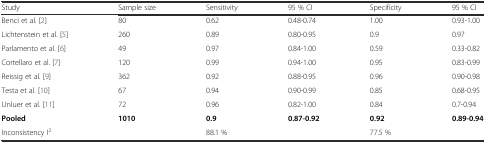
| Study | Sample size | Sensitivity | 95 % CI | Specificity | 95 % CI |
 | --- | --- | --- | --- | --- | --- |
 | Benci et al. [2] | 80 | 0.62 | 0.48-0.74 | 1.00 | 0.93-1.00 |
 | Lichtenstein et al. [5] | 260 | 0.89 | 0.80-0.95 | 0.9 | 0.97 |
 | Parlamento et al. [6] | 49 | 0.97 | 0.84-1.00 | 0.59 | 0.33-0.82 |
 | Cortellaro et al. [7] | 120 | 0.99 | 0.94-1.00 | 0.95 | 0.83-0.99 |
 | Reissig et al. [9] | 362 | 0.92 | 0.88-0.95 | 0.96 | 0.90-0.98 |
 | Testa et al. [10] | 67 | 0.94 | 0.90-0.99 | 0.85 | 0.68-0.95 |
 | Unluer et al. [11] | 72 | 0.96 | 0.82-1.00 | 0.84 | 0.7-0.94 |
 | Pooled | 1010 | 0.9 | 0.87-0.92 | 0.92 | 0.89-0.94 |
 | Inconsistency I2 |  | 88.1 % |  | 77.5 % |  |